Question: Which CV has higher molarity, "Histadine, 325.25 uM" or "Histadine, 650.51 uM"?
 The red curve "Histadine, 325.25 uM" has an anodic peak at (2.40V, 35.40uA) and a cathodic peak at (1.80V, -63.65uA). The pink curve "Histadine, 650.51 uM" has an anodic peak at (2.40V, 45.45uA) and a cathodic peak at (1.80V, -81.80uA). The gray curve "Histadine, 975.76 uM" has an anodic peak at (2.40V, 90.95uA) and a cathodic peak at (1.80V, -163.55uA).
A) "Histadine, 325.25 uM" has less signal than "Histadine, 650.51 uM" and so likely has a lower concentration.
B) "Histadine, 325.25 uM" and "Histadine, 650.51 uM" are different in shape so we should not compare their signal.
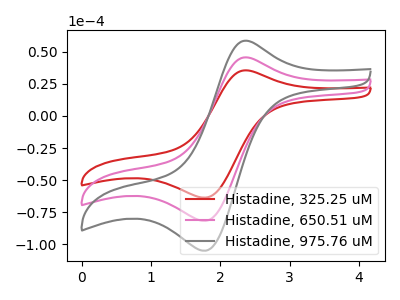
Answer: <think>All the peaks in "Histadine, 325.25 uM" have a peak in "Histadine, 650.51 uM" at the same potential. Every peak in "Histadine, 325.25 uM" is lower than every peak in "Histadine, 650.51 uM".
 </think>
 <answer>A) "Histadine, 325.25 uM" has less signal than "Histadine, 650.51 uM" and so likely has a lower concentration.</answer>
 <eval>A</eval>